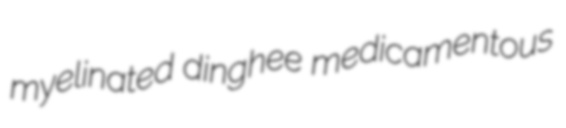
myelinated dinghee medicamentous